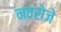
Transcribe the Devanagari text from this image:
नवरोजे